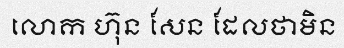
លោក ហ៊ុន សែន ដែលថាមិន